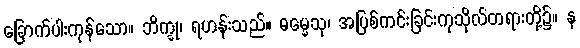
ခြောက်ပါးကုန်သော။ ဘိက္ခု၊ ရဟန်းသည်။ ဓမ္မေသု၊ အပြစ်ကင်းခြင်းကုသိုလ်တရားတို့၌။ န